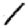
Digit: 1